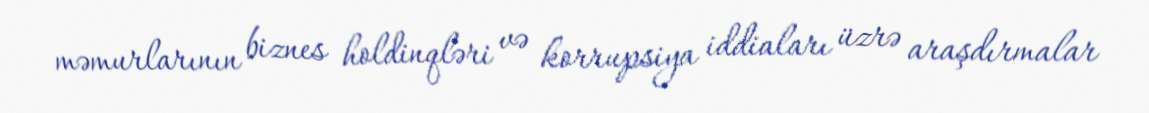
məmurlarının biznes holdinqləri və korrupsiya iddiaları üzrə araşdırmalar